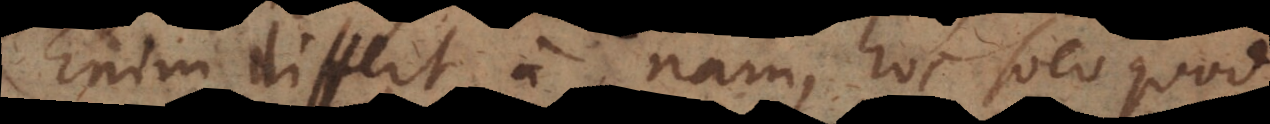
Enim differt a nam, hoc solo